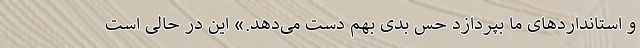
و استانداردهای ما بپردازد حس بدی بهم دست می‌دهد.» این در حالی است